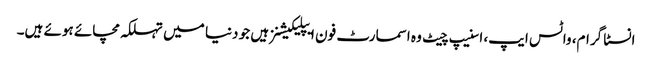
انسٹا گرام، واٹس ایپ، اسنیپ چیٹ وہ اسمارٹ فون ایپلیکیشنز ہیں جو دنیا میں تہلکہ مچائے ہوئے ہیں۔